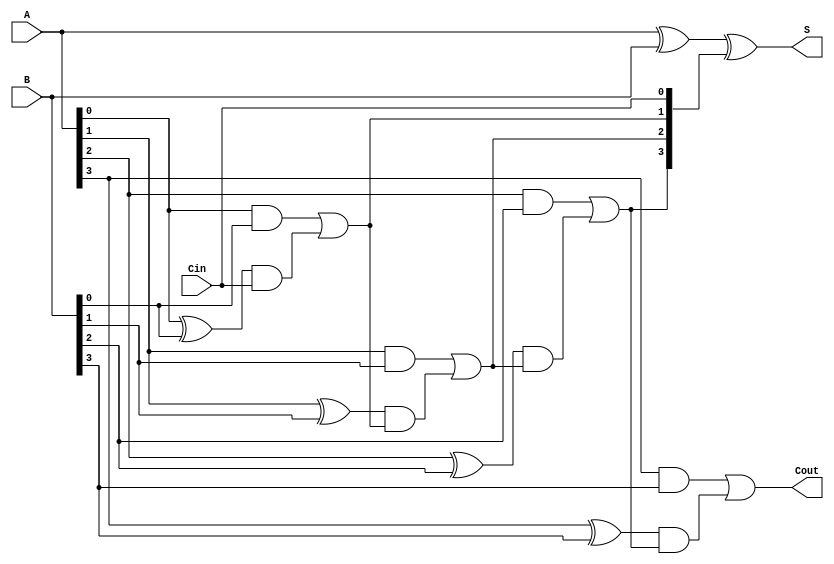
// This program was cloned from: https://github.com/Aryavardhan37/Verilog_codes
// License: MIT License

module ll1(
  input [3:0]A, B, 
  input Cin,
  output [3:0] S,
  output Cout
);
  wire [3:0] Ci; // Carry intermediate for intermediate computation
  
  assign Ci[0] = Cin;
  assign Ci[1] = (A[0] & B[0]) | ((A[0]^B[0]) & Ci[0]);
  assign Ci[2] = (A[1] & B[1]) | ((A[1]^B[1]) & ((A[0] & B[0]) | ((A[0]^B[0]) & Ci[0])));
  assign Ci[3] = (A[2] & B[2]) | ((A[2]^B[2]) & ((A[1] & B[1]) | ((A[1]^B[1]) & ((A[0] & B[0]) | ((A[0]^B[0]) & Ci[0])))));
  assign Cout  = (A[3] & B[3]) | ((A[3]^B[3]) & ((A[2] & B[2]) | ((A[2]^B[2]) & ((A[1] & B[1]) | ((A[1]^B[1]) & ((A[0] & B[0]) | ((A[0]^B[0]) & Ci[0])))))));

  assign S = A^B^Ci;
endmodule